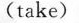
(take)